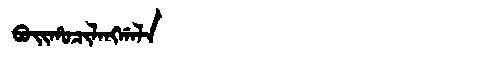
Manchu: ᠪᠣᡳᡥᠣᠴᡳᠯᠠᠩᡤᠠᠯᠠ
Romanization: BOIHOCILANGGALA